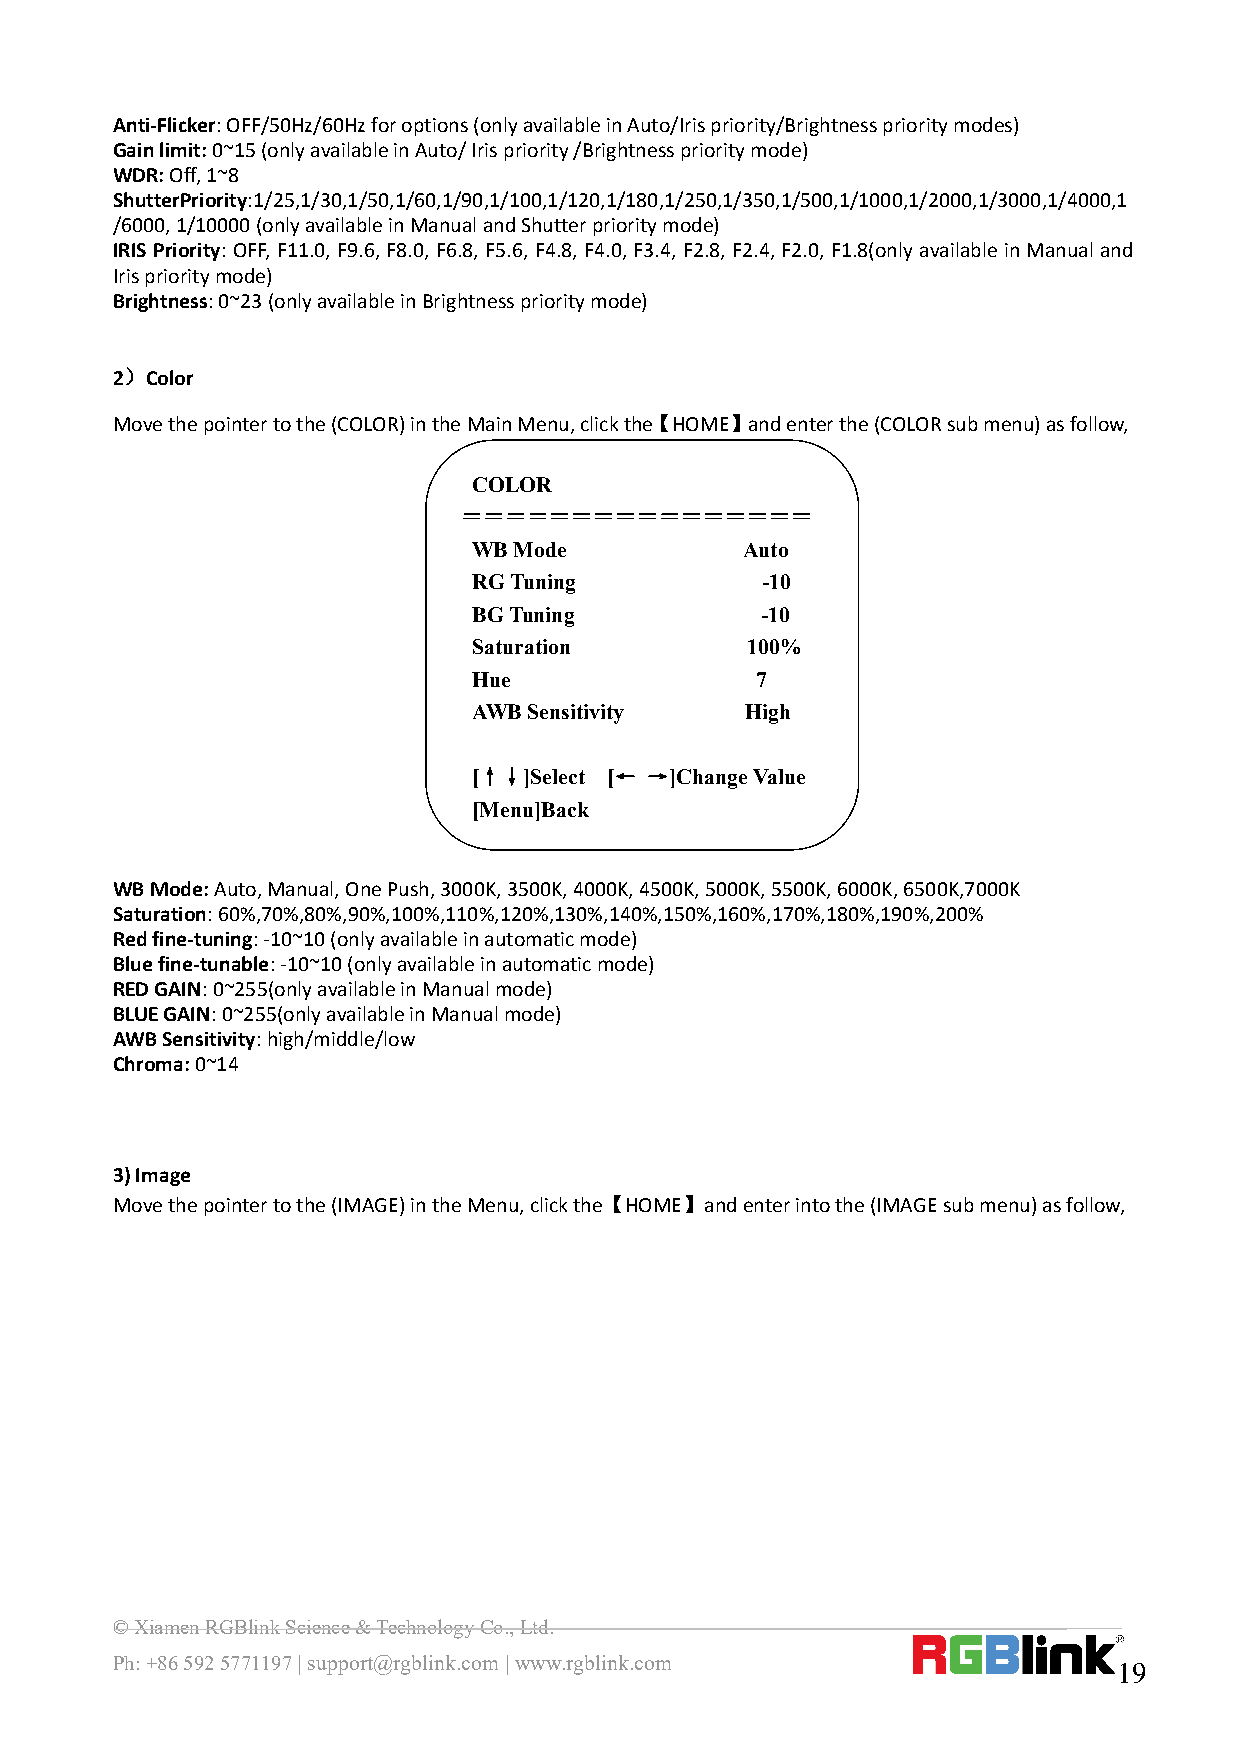
Anti-Flicker:OFF/50Hz/60Hzforoptions(onlyavailableinAuto/Irispriority/Brightnessprioritymodes)
 Gainlimit:0~15(onlyavailableinAuto/Irispriority/Brightnessprioritymode)
 WDR:Off,1~8
 ShutterPriority:1/25,1/30,1/50,1/60,1/90,1/100,1/120,1/180,1/250,1/350,1/500,1/1000,1/2000,1/3000,1/4000,1
 /6000,1/10000(onlyavailableinManualandShutterprioritymode)
 IRIS Priority:OFF,F11.0, F9.6, F8.0, F6.8, F5.6, F4.8, F4.0, F3.4, F2.8, F2.4, F2.0, F1.8(only availableinManual and
 Irisprioritymode)
 Brightness:0~23(onlyavailableinBrightnessprioritymode)
 2）Color
 Movethepointertothe(COLOR)intheMainMenu,clickthe【HOME】andenterthe(COLORsubmenu)asfollow,
 COLOR
 ＝＝＝＝＝＝＝＝＝＝＝＝＝＝＝＝
 WBMode            Auto
 RGTuning           -10
 BGTuning           -10
 Saturation        100%
 Hue                7
 AWBSensitivity    High
 [↑↓]Select [← →]ChangeValue
 [Menu]Back
 WBMode:Auto,Manual,OnePush,3000K,3500K,4000K,4500K,5000K,5500K,6000K,6500K,7000K
 Saturation:60%,70%,80%,90%,100%,110%,120%,130%,140%,150%,160%,170%,180%,190%,200%
 Redfine-tuning:-10~10(onlyavailableinautomaticmode)
 Bluefine-tunable:-10~10(onlyavailableinautomaticmode)
 REDGAIN:0~255(onlyavailableinManualmode)
 BLUEGAIN:0~255(onlyavailableinManualmode)
 AWBSensitivity:high/middle/low
 Chroma:0~14
 3)Image
 Movethepointertothe(IMAGE)intheMenu,clickthe【HOME】andenterintothe(IMAGEsubmenu)asfollow,
 ©XiamenRGBlinkScience&TechnologyCo.,Ltd.
 Ph:+865925771197|support@rgblink.com|www.rgblink.com
 19